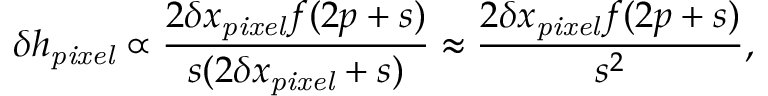
\delta h _ { \mathit { p i x e l } } \propto \frac { 2 \delta x _ { \mathit { p i x e l } } f ( 2 p + s ) } { s ( 2 \delta x _ { \mathit { p i x e l } } + s ) } \approx \frac { 2 \delta x _ { \mathit { p i x e l } } f ( 2 p + s ) } { s ^ { 2 } } ,